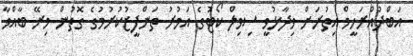
އަބްދުއްރަހީމް އިތުރަށް ވިދާޅުވީ ސިވިލް ކޯޓުގެ އަމުރު ތަންފީޒުކުރުމުގެ ގޮތުން މިރޭ ބާއްވާ